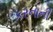
કરનાની